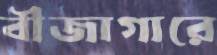
বীজাগারে